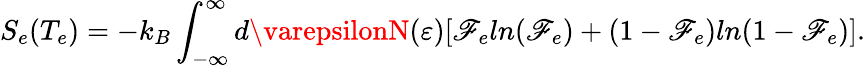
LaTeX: S_{e}(T_{e})=-k_{B}\int_{-\infty}^{\infty}d\varepsilonN(\varepsilon)[\mathscr{F}_{e}ln(\mathscr{F}_{e})+(1-\mathscr{F}_{e})ln(1-\mathscr{F}_{e})].